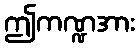
ဤကဏ္ဍအား